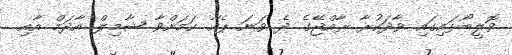
ވޮލީބޯޅައިގައި ވާދަކުރާ ރާއްޖޭގެ ދެ ވަނަ ޕެއާ ކަމަށްވާ ޝާމިލް އާދަމް އާއި